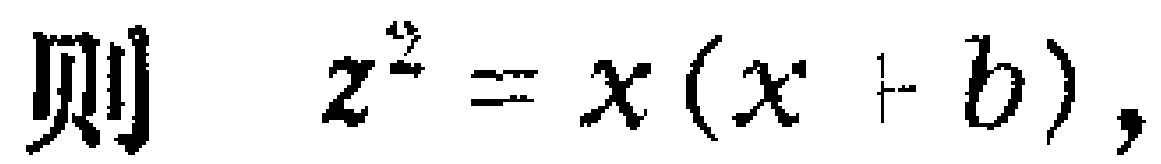
则 \(z^{2}=x(x + b)\)，